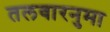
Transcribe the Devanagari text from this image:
तलवारनुमा